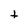
Character: t